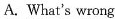
A. What's wrong